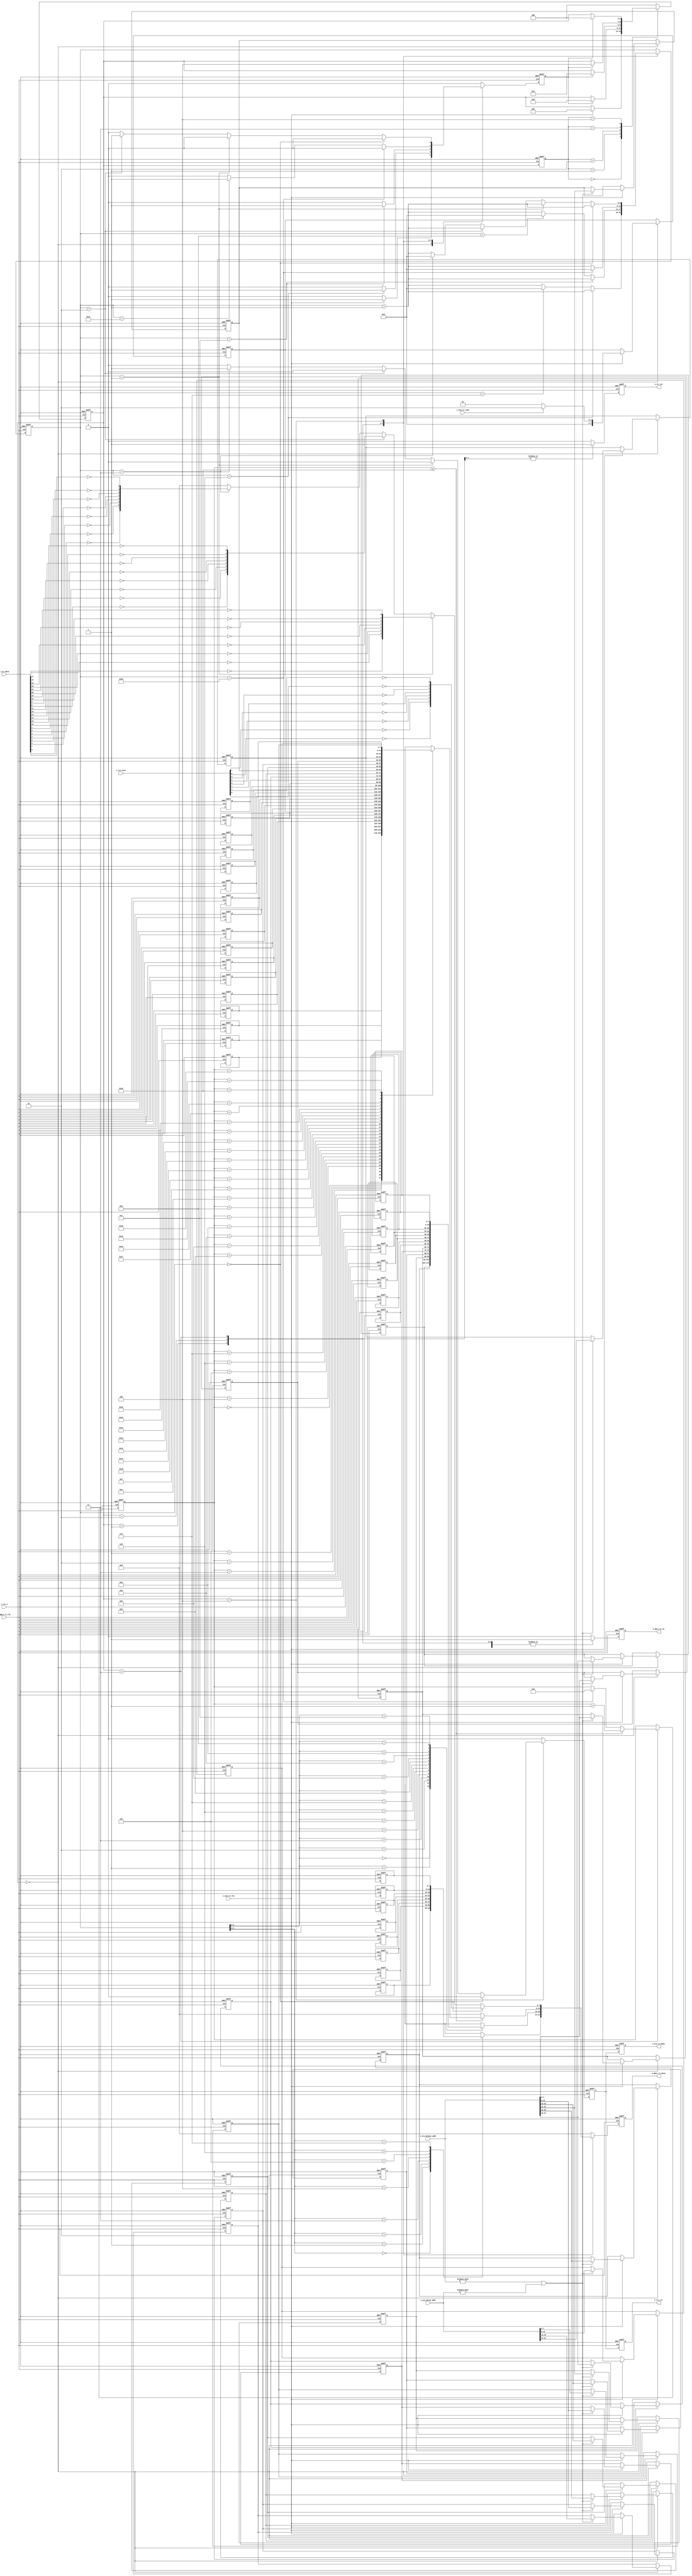
module arp_tx 
#(
    //parameter define
    //MAC 00-11-22-33-44-55
    parameter BOARD_MAC = 48'h00_11_22_33_44_55,
    //IP 192.168.1.10
    parameter BOARD_IP  = {8'd192,8'd168,8'd1,8'd10},
    //MAC ff_ff_ff_ff_ff_ff
    parameter  DES_MAC   = 48'hff_ff_ff_ff_ff_ff,
    //IP 192.168.1.102     
    parameter  DES_IP    = {8'd192,8'd168,8'd1,8'd102}
)(
    input  wire            i_rst_n            ,
    input  wire            i_gmii_tx_clk      ,
    output reg [7:0]       o_gmii_tx_data     ,
    output reg             o_gmii_tx_en       ,
    input  wire            i_arp_tx_req       ,
    output reg             o_arp_tx_done      ,
    input  wire            i_arp_tx_type      , // ARP 0 1
    input  wire [47: 0]    i_arp_desmac_addr  ,
    input  wire [31: 0]    i_arp_desip_addr   ,
    input  wire [31: 0]    i_crc_data         ,
    input  wire [7 : 0]    i_crc_next         ,
    output reg             o_crc_en           ,
    output reg             o_crc_clr          
);
     
//----------------------------------------------------//
// local parameter
//----------------------------------------------------//
//
localparam     ST_IDLE        =    3'd0;
localparam     ST_PREADMBLE   =    3'd1;
localparam     ST_ETH_HEAD    =    3'd2;
localparam     ST_ARP_DATA    =    3'd3;
localparam     ST_CRC         =    3'd4; 
//localparam 
localparam     ETH_ARP_TYPE   =    16'h0806 ;
localparam     PREAMBLE_BYTE  =    8'h55;
localparam     SFD_BYTE       =    8'hd5; //SFD
localparam     HD_TYPE        =    16'h0001; //ARP
localparam     PROTOCOL_TYPE  =    16'h0800; //ARP
localparam     MIN_DATA_NUM   =    16'd46  ; //46
//----------------------------------------------------//
// reg
//----------------------------------------------------//
reg  [5:0]  r_cnt                  ;
reg  [7:0]  preamble [7 :0]        ;
reg  [7:0]  eth_head [13:0]        ;
reg  [7:0]  arp_data [27:0]        ;
reg         r_skip_en              ;
reg         r_arp_tx_done_t        ;
reg  [4:0]  r_data_cnt             ;

//----------------------------------------------------//
// wire
//----------------------------------------------------//

//----------------------------------------------------//
// state mechine
//----------------------------------------------------//
reg  [2: 0]  state            ;
reg  [2: 0]  nextstate        ;
always @(posedge i_gmii_tx_clk or negedge i_rst_n) begin
    if (!i_rst_n) begin
        state <= ST_IDLE ;       
    end 
    else begin
        state <= nextstate ;
    end
end 
always @(posedge i_gmii_tx_clk or negedge i_rst_n) begin
    if (!i_rst_n) begin
        nextstate <= ST_IDLE ;       
    end 
    else begin
        case (state)
            ST_IDLE: begin
                if (i_arp_tx_req) begin
                    nextstate <= ST_PREADMBLE ;        
                end 
                else begin
                    nextstate <= nextstate  ;
                end
            end 
            ST_PREADMBLE:begin 
                if (r_skip_en) begin
                    nextstate <= ST_ETH_HEAD ;
                end 
                else begin
                    nextstate <= nextstate ;
                end 
            end 
            ST_ETH_HEAD :begin 
                if (r_skip_en) begin
                    nextstate <= ST_ARP_DATA ;
                end 
                else begin
                    nextstate <= nextstate ;
                end 
            end  
            ST_ARP_DATA :begin 
                if (r_skip_en) begin
                    nextstate <= ST_CRC ;
                end 
                else begin
                    nextstate <= nextstate  ;
                end 
            end  
            ST_CRC :begin 
                if (r_skip_en) begin
                    nextstate <= ST_IDLE ;
                end 
                else begin
                    nextstate <= nextstate ;
                end 
            end 
            default: begin
                nextstate <= ST_IDLE ;
            end
        endcase
    end
end 


    
//----------------------------------------------------//
// main_code
//----------------------------------------------------//
always @(posedge i_gmii_tx_clk or negedge i_rst_n) begin
    if (!i_rst_n) begin
        r_cnt <= 6'd0;
        r_skip_en <= 1'b0;
        o_gmii_tx_data <= 8'd0;
        o_gmii_tx_en <= 1'b0;
        r_arp_tx_done_t <= 1'b0;
        o_crc_en <= 1'b0;
        r_data_cnt <= 5'd0;
        preamble[0] <= PREAMBLE_BYTE;
        preamble[1] <= PREAMBLE_BYTE;
        preamble[2] <= PREAMBLE_BYTE;
        preamble[3] <= PREAMBLE_BYTE;
        preamble[4] <= PREAMBLE_BYTE;
        preamble[5] <= PREAMBLE_BYTE;
        preamble[6] <= PREAMBLE_BYTE;
        preamble[7] <= SFD_BYTE;
        eth_head[0] <= DES_MAC[47:40];      //MAC
        eth_head[1] <= DES_MAC[39:32];
        eth_head[2] <= DES_MAC[31:24];
        eth_head[3] <= DES_MAC[23:16];
        eth_head[4] <= DES_MAC[15:8];
        eth_head[5] <= DES_MAC[7:0];        
        eth_head[6] <= BOARD_MAC[47:40];    //MAC
        eth_head[7] <= BOARD_MAC[39:32];    
        eth_head[8] <= BOARD_MAC[31:24];    
        eth_head[9] <= BOARD_MAC[23:16];    
        eth_head[10] <= BOARD_MAC[15:8];    
        eth_head[11] <= BOARD_MAC[7:0];     
        eth_head[12] <= ETH_ARP_TYPE[15:8];     //
        eth_head[13] <= ETH_ARP_TYPE[7:0]; 
        arp_data[0] <= HD_TYPE[15:8];       //
        arp_data[1] <= HD_TYPE[7:0];
        arp_data[2] <= PROTOCOL_TYPE[15:8]; //
        arp_data[3] <= PROTOCOL_TYPE[7:0];
        arp_data[4] <= 8'h06;               //,6
        arp_data[5] <= 8'h04;               //,4
        arp_data[6] <= 8'h00;               //OP, 8'h01ARP 8'h02:ARP
        arp_data[7] <= 8'h01;
        arp_data[8] <= BOARD_MAC[47:40];    //()MAC
        arp_data[9] <= BOARD_MAC[39:32];
        arp_data[10] <= BOARD_MAC[31:24];
        arp_data[11] <= BOARD_MAC[23:16];
        arp_data[12] <= BOARD_MAC[15:8];
        arp_data[13] <= BOARD_MAC[7:0];
        arp_data[14] <= BOARD_IP[31:24];    //()IP
        arp_data[15] <= BOARD_IP[23:16];
        arp_data[16] <= BOARD_IP[15:8];
        arp_data[17] <= BOARD_IP[7:0];
        arp_data[18] <= DES_MAC[47:40];     //()MAC
        arp_data[19] <= DES_MAC[39:32];
        arp_data[20] <= DES_MAC[31:24];
        arp_data[21] <= DES_MAC[23:16];
        arp_data[22] <= DES_MAC[15:8];
        arp_data[23] <= DES_MAC[7:0];  
        arp_data[24] <= DES_IP[31:24];      //()IP
        arp_data[25] <= DES_IP[23:16];
        arp_data[26] <= DES_IP[15:8];
        arp_data[27] <= DES_IP[7:0];
    end 
    else begin
        o_crc_en <= 1'b0;
        r_skip_en <= 1'b0;
        o_gmii_tx_en <= 1'b0;
        o_gmii_tx_data <= 8'd0;
        r_arp_tx_done_t <= 1'b0;
        case (nextstate )
            ST_IDLE: begin
                if (i_arp_tx_req) begin
                    r_skip_en <= 1'b1;
                    if ((i_arp_desmac_addr != 'd0) || (i_arp_desip_addr != 'd0))begin
                        eth_head[0] <= i_arp_desmac_addr[47:40];
                        eth_head[1] <= i_arp_desmac_addr[39:32];
                        eth_head[2] <= i_arp_desmac_addr[31:24];
                        eth_head[3] <= i_arp_desmac_addr[23:16];
                        eth_head[4] <= i_arp_desmac_addr[15:8];
                        eth_head[5] <= i_arp_desmac_addr[7:0];  
                        arp_data[18] <= i_arp_desmac_addr[47:40];
                        arp_data[19] <= i_arp_desmac_addr[39:32];
                        arp_data[20] <= i_arp_desmac_addr[31:24];
                        arp_data[21] <= i_arp_desmac_addr[23:16];
                        arp_data[22] <= i_arp_desmac_addr[15:8];
                        arp_data[23] <= i_arp_desmac_addr[7:0];  
                        arp_data[24] <= i_arp_desip_addr[31:24];
                        arp_data[25] <= i_arp_desip_addr[23:16];
                        arp_data[26] <= i_arp_desip_addr[15:8];
                        arp_data[27] <= i_arp_desip_addr[7:0];
                    end 
                    if (!i_arp_tx_type) begin
                        arp_data[7] <= 8'h01;       //
                    end 
                    else begin
                        arp_data[7] <= 8'h02;       //
                    end
                end
            end 
            ST_PREADMBLE:begin 
                o_gmii_tx_en <= 1'b1;
                o_gmii_tx_data <= preamble[r_cnt];
                if (r_cnt == 6'd6) begin
                    r_skip_en <= 1'b1 ;
                    r_cnt <= r_cnt + 6'd1;
                end 
                else if (r_cnt == 6'd7) begin
                    r_cnt <= 6'd0;
                end
                else begin
                    r_cnt <= r_cnt + 6'd1;
                end
            end 
            ST_ETH_HEAD :begin 
                o_gmii_tx_en <= 1'b1 ;
                o_crc_en <= 1'b1;
                o_gmii_tx_data <= eth_head[r_cnt];
                if (r_cnt == 6'd12) begin
                    r_skip_en <= 1'b1; 
                    r_cnt <= r_cnt + 6'd1;
                end 
                else if (r_cnt == 6'd13) begin
                    r_cnt <= 6'd0;
                end
                else begin
                    r_cnt <= r_cnt + 6'd1;
                end
            end 
            ST_ARP_DATA :begin 
                o_gmii_tx_en <= 1'b1 ;
                o_crc_en <= 1'b1;
                //r_cnt
                if (r_cnt == MIN_DATA_NUM - 1'b1) begin
                    r_cnt <= 6'd0;
                    r_data_cnt <= 5'd0;
                end 
                else if (r_cnt == MIN_DATA_NUM - 6'd2) begin
                    r_skip_en <= 1'b1; 
                    r_cnt <= r_cnt + 6'd1;
                end
                else begin
                    r_cnt <= r_cnt + 6'd1;
                end 
                //
                if (r_data_cnt <= 5'd27) begin
                    r_data_cnt <= r_data_cnt + 1'b1 ;
                    o_gmii_tx_data <= arp_data[r_data_cnt];
                end 
                else begin
                    o_gmii_tx_data <= 8'd0; 
                end 
            end  
            ST_CRC :begin 
                o_gmii_tx_en <= 1'b1;
                r_cnt <= r_cnt + 1'b1;
                if(r_cnt == 6'd0)
                    o_gmii_tx_data <= {~i_crc_next[0], ~i_crc_next[1], 
                                       ~i_crc_next[2], ~i_crc_next[3],
                                       ~i_crc_next[4], ~i_crc_next[5], 
                                       ~i_crc_next[6],~i_crc_next[7]};
                else if(r_cnt == 6'd1)
                    o_gmii_tx_data <= {~i_crc_data[16], ~i_crc_data[17],
                                       ~i_crc_data[18], ~i_crc_data[19], 
                                       ~i_crc_data[20], ~i_crc_data[21], 
                                       ~i_crc_data[22], ~i_crc_data[23]};
                else if(r_cnt == 6'd2) begin
                    o_gmii_tx_data <= {~i_crc_data[8] ,  ~i_crc_data[9], 
                                       ~i_crc_data[10], ~i_crc_data[11],
                                       ~i_crc_data[12], ~i_crc_data[13], 
                                       ~i_crc_data[14], ~i_crc_data[15]};                              
                    r_skip_en <= 1'b1;
                end
                else if(r_cnt == 6'd3) begin
                    o_gmii_tx_data <= {~i_crc_data[0], ~i_crc_data[1], 
                                       ~i_crc_data[2], ~i_crc_data[3],
                                       ~i_crc_data[4], ~i_crc_data[5], 
                                       ~i_crc_data[6], ~i_crc_data[7]};  
                    r_arp_tx_done_t <= 1'b1;
                    r_cnt <= 1'b0;
                end 
            end 
            default: begin
                r_skip_en <= 1'b0;
                o_gmii_tx_en <= 1'b0;
                o_gmii_tx_data <= 8'd0;
            end
        endcase
    end 
end 

always @(posedge i_gmii_tx_clk or negedge i_rst_n ) begin
    if (!i_rst_n) begin
        o_crc_clr <= 1'b0;
        o_arp_tx_done <= 1'b0;
    end 
    else begin
        o_crc_clr <= r_arp_tx_done_t ;
        o_arp_tx_done <= r_arp_tx_done_t;
    end
end
endmodule